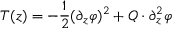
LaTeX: T ( z ) = - \frac 1 2 ( \partial _ { z } \varphi ) ^ { 2 } + Q \cdot \partial _ { z } ^ { 2 } \varphi